Annual report of lunatic asylums [Bombay] - 1912-1922
Year: 1912
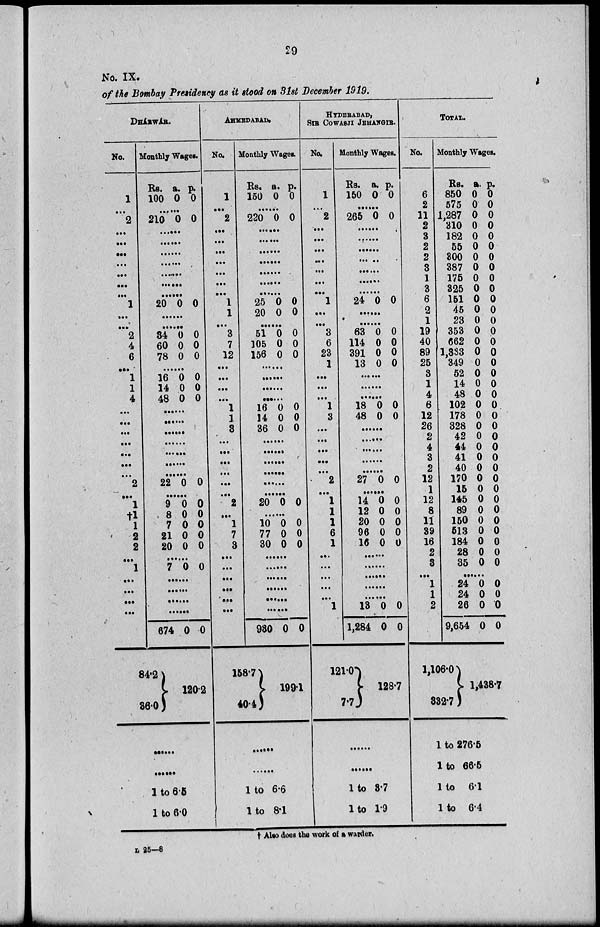
29
No. IX.
of the Bombay Presidency as it stood on 31st December 1919.
DHA'RWA'R.
No.
1
...
2
...
...
...
. . .
...
...
...
1
...
...
2
4
6
...
1
1
4
...
...
...
...
...
...
. . .
2
...
1
†1
1
2
2
. ..
1
. ..
...
...
. ..
Monthly Wages.
Rs.
100
a.
0
p.
0
......
210 0 0
........
........
........
........
........
........
........
20 0 0
........
........
34
60
78
0
0
0
0
0
0
........
16
14
48
0
0
0
0
0
0
........
........
........
........
........
........
........
22 0 0
........
9
8
7
21
20
0
0
0
0
0
0
0
0
0
0
........
7 0 0
........
........
........
........
674
84.2
36.0
0 0
120.2
........
.........
1 to 6*5
1 to 6.0
AHMEDABAD.
No.
1
....
2
...
...
...
...
...
...
...
1
1
...
3
7
12
...
...
...
...
1
1
8
...
...
. ..
. ..
. ..
. ..
2
...
1
7
3
...
...
...
...
...
...
Monthly Wages.
Rs.
150
a.
0
p.
0
.........
220 0 0
........
........
........
........
........
........
........
25
20
0
0
0
0
........
51
105
156
0
0
0
0
0
0
........
........
........
.........
16
14
36
0
0
0
0
0
0
........
........
........
........
........
........
20 0 0
......
10
77
30
0
0
0
0
0
0
......
......
......
......
......
......
930
158.7
40.4
0 0
199.1
.........
.........
1 to 6.6
1 to 8.1
HYDERABAD,
SIR COWASJI JEHANGIR.
No.
1
. ..
2
...
...
...
.. .
...
...
...
1
...
...
3
6
23
1
...
...
...
1
3
...
...
...
...
...
2
...
1
1
1
6
1
. ..
. . .
. . .
...
. ..
1
Monthly Wages.
Rs.
150
a.
0
p.
0
......
265 0 0
........
........
........
........
........
........
........
24 0 0
........
........
63
114
391
13
0
0
0
0
0
0
0
0
........
........
........
18
48
0
0
0
0
........
........
........
........
........
27 0 0
........
14
12
20
96
16
0
0
0
0
0
0
0
0
0
0
......
......
......
......
......
13
1,284
121.0
7.7
0
0
0
0
128.7
.........
.........
1 to 3.7
1 to 1.9
TOTAL.
No.
6
2
11
2
3
2
2
3
1
3
6
2
1
19
40
89
25
3
1
4
6
12
26
2
4
3
2
12
1
12
8
11
39
16
2
3
...
1
1
2
Monthly Wages.
Rs.
850
575
1,287
310
182
55
300
387
175
325
151
45
23
353
662
1,333
349
52
14
48
102
178
328
42
44
41
40
170
15
145
89
150
513
184
28
35
a.
0
0
0
0
0
0
0
0
0
0
0
0
0
0
0
0
0
0
0
0
0
0
0
0
0
0
0
0
0
0
0
0
0
0
0
0
p.
0
0
0
0
0
0
0
0
0
0
0
0
0
0
0
0
0
0
0
0
0
0
0
0
0
0
0
0
0
0
0
0
0
0
0
0
.........
24
24
26
9,654
1,106.0
332.7
0
0
0
0
0
0
0
0
1,438.7
1 to 276.5
1 to 66.5
1 to 6.1
1 to 6.4
† Also does the work of a warder.
L 25—8